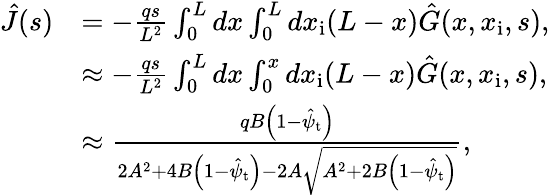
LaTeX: \begin{array}{rl}{\hat{J}(s)}&{=-\frac{qs}{L^{2}}\int_{0}^{L}dx\int_{0}^{L}dx_{\mathrm{i}}(L-x)\hat{G}(x,x_{\mathrm{i}},s),}\\ &{\approx-\frac{qs}{L^{2}}\int_{0}^{L}dx\int_{0}^{x}dx_{\mathrm{i}}(L-x)\hat{G}(x,x_{\mathrm{i}},s),}\\ &{\approx\frac{qB\left(1-\hat{\psi}_{\mathrm{t}}\right)}{2A^{2}+4B\left(1-\hat{\psi}_{\mathrm{t}}\right)-2A\sqrt{A^{2}+2B\left(1-\hat{\psi}_{\mathrm{t}}\right)}},}\end{array}